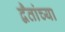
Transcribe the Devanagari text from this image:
द्वैतांच्या